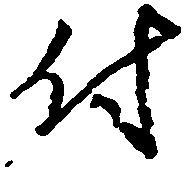
付